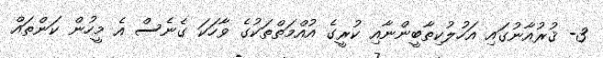
3- ޤުރުއާނުގައި އަހުލުކިތާބީންނާއި ކުރީގެ އުއްމަތްތަކުގެ ވާހަކަ ގެނެސް އެ މީހުން ކަންތައް